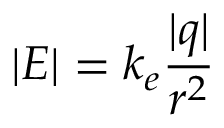
| { \boldsymbol { E } } | = { k _ { e } } { \frac { | q | } { r ^ { 2 } } }